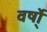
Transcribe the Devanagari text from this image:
वर्षो्ं